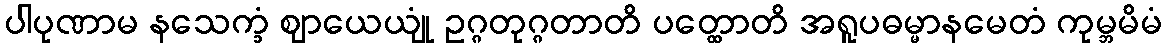
ပါပုဏာမ နသေက္ခံ ဈာယေယျုံ ဥဂ္ဂတုဂ္ဂတာတိ ပတ္ထောတိ အရူပဓမ္မာနမေတံ ကုမ္ဘမိမံ